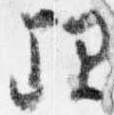
理